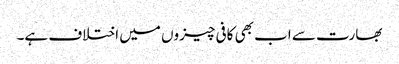
بھارت سے اب بھی کافی چیزوں میں اختلاف ہے۔